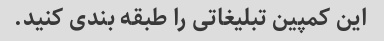
این کمپین تبلیغاتی را طبقه بندی کنید.